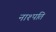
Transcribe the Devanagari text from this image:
नाश्पति